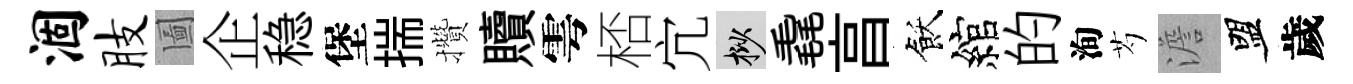
涸肢圗企稳堡揣攢贖雩桮宂挲毳亯飫綰的洵芍澹盟歲